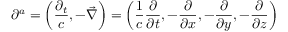
\partial ^ { a } = \left( { \frac { \partial _ { t } } { c } } , - { \vec { \nabla } } \right) = \left( { \frac { 1 } { c } } { \frac { \partial } { \partial t } } , - { \frac { \partial } { \partial x } } , - { \frac { \partial } { \partial y } } , - { \frac { \partial } { \partial z } } \right)